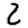
Digit: 2